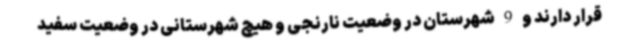
قرار دارند و 9 شهرستان در وضعیت نارنجی و هیچ شهرستانی در وضعیت سفید